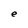
Character: e